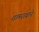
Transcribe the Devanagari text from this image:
शामरावाने